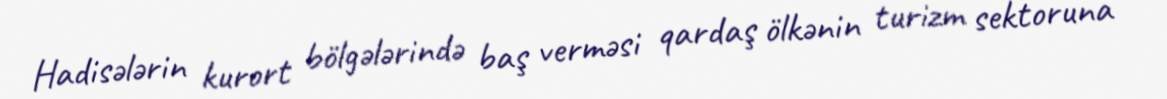
Hadisələrin kurort bölgələrində baş verməsi qardaş ölkənin turizm sektoruna